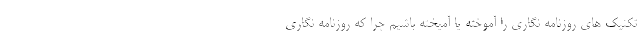
تکنیک های روزنامه نگاری را آموخته یا آمیخته باشیم چرا که روزنامه نگاری